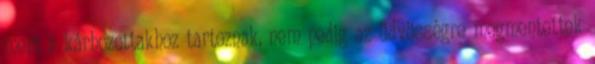
mert a kárhozottakhoz tartoznak, nem pedig az üdvösségre megmentettek